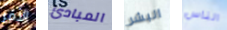
الأمر المبادئ البشر الناس